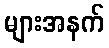
များအနက်